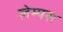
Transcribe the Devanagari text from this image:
लेम्पस